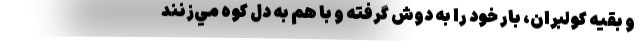
و بقيه كولبران، بار خود را به دوش گرفته و با هم به دل كوه مي‌زنند